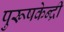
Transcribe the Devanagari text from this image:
पुरूषकेन्द्री